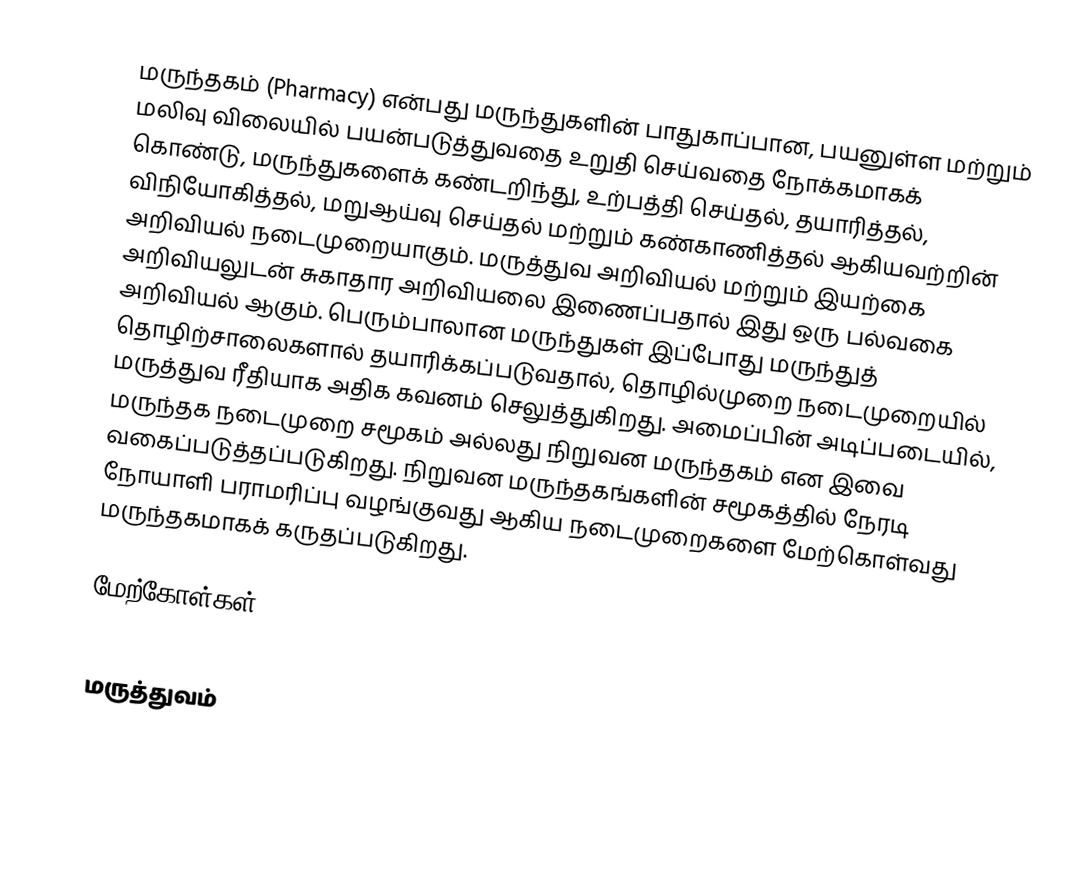
மருந்தகம் (Pharmacy) என்பது மருந்துகளின் பாதுகாப்பான, பயனுள்ள மற்றும் மலிவு விலையில் பயன்படுத்துவதை உறுதி செய்வதை நோக்கமாகக் கொண்டு, மருந்துகளைக் கண்டறிந்து, உற்பத்தி செய்தல், தயாரித்தல், விநியோகித்தல், மறுஆய்வு செய்தல் மற்றும் கண்காணித்தல் ஆகியவற்றின் அறிவியல் நடைமுறையாகும். மருத்துவ அறிவியல் மற்றும் இயற்கை அறிவியலுடன் சுகாதார அறிவியலை இணைப்பதால் இது ஒரு பல்வகை அறிவியல் ஆகும். பெரும்பாலான மருந்துகள் இப்போது மருந்துத் தொழிற்சாலைகளால் தயாரிக்கப்படுவதால், தொழில்முறை நடைமுறையில் மருத்துவ ரீதியாக அதிக கவனம் செலுத்துகிறது. அமைப்பின் அடிப்படையில், மருந்தக நடைமுறை சமூகம் அல்லது நிறுவன மருந்தகம் என இவை வகைப்படுத்தப்படுகிறது. நிறுவன மருந்தகங்களின் சமூகத்தில் நேரடி நோயாளி பராமரிப்பு வழங்குவது ஆகிய நடைமுறைகளை மேற்கொள்வது மருந்தகமாகக் கருதப்படுகிறது.

மேற்கோள்கள்

மருத்துவம்